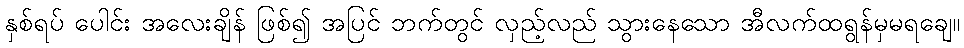
နှစ်ရပ် ပေါင်း အလေးချိန် ဖြစ်၍ အပြင် ဘက်တွင် လှည့်လည် သွားနေသော အီလက်ထရွန်မှမရချေ။